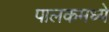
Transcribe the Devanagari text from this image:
पालकमध्ये